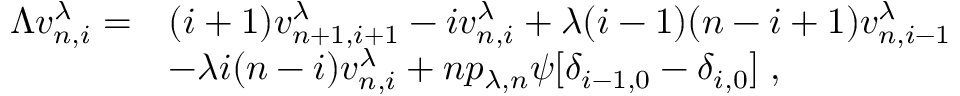
\begin{array} { r l } { \Lambda v _ { n , i } ^ { \lambda } = } & { ( i + 1 ) v _ { n + 1 , i + 1 } ^ { \lambda } - i v _ { n , i } ^ { \lambda } + \lambda ( i - 1 ) ( n - i + 1 ) v _ { n , i - 1 } ^ { \lambda } } \\ & { - \lambda i ( n - i ) v _ { n , i } ^ { \lambda } + n p _ { \lambda , n } \psi [ \delta _ { i - 1 , 0 } - \delta _ { i , 0 } ] \; , } \end{array}